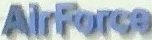
AirForce